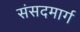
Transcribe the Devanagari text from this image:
संसदमार्ग